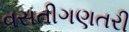
વસતીગણતરી